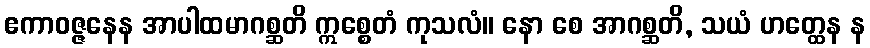
ဧကာဝဇ္ဇနေန အာပါထမာဂစ္ဆတိ ဣစ္စေတံ ကုသလံ။ နော စေ အာဂစ္ဆတိ, သယံ ဟတ္ထေန န